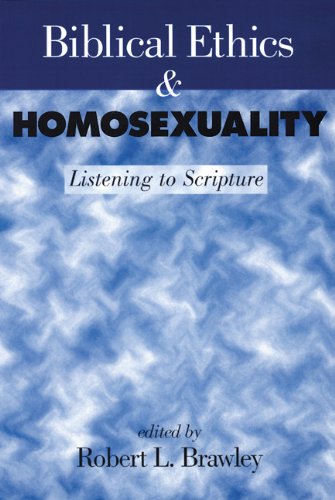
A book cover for Biblical Ethics and Homosexuality: Listening to Scripture; Gay & Lesbian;